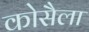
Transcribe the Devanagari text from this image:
कोसैला